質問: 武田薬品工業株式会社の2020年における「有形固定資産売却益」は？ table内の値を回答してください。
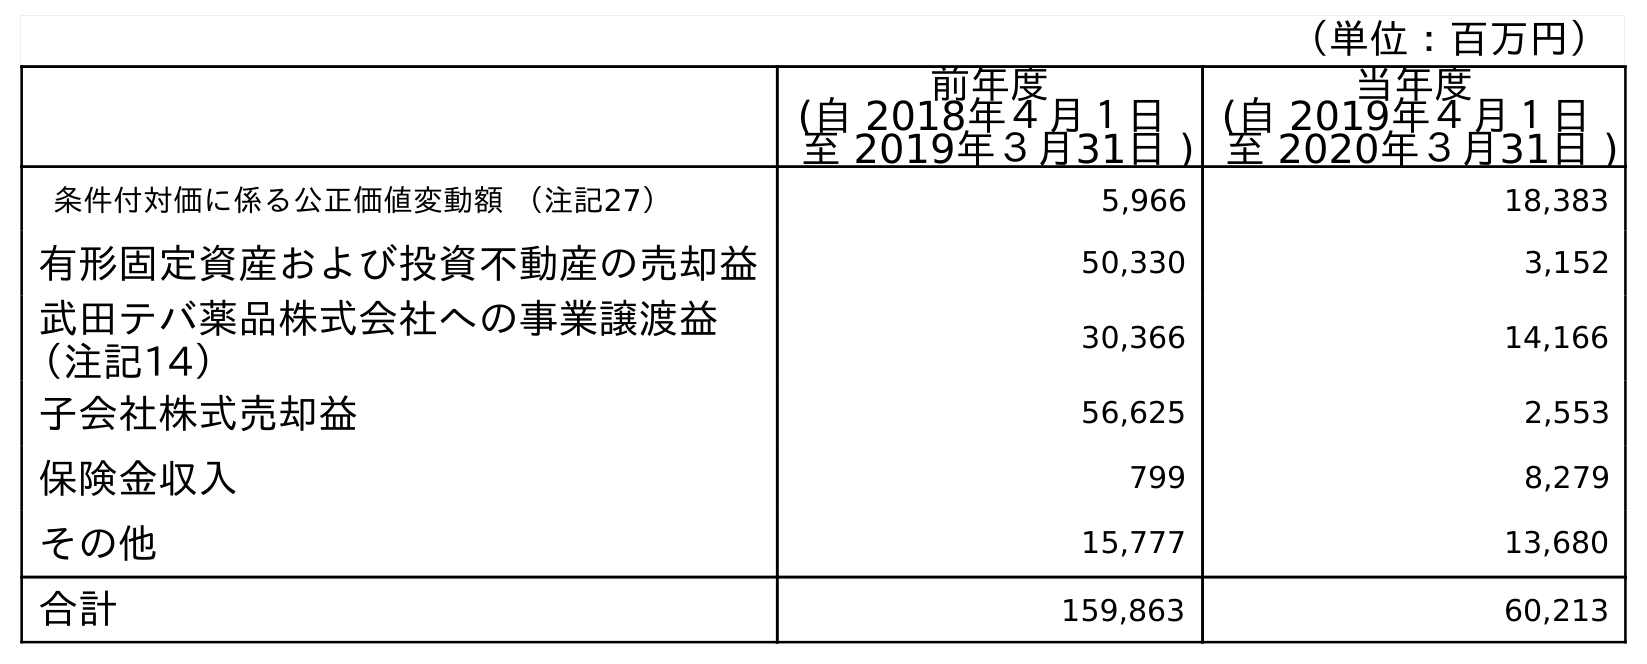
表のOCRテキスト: （単位：百万円） 前年度 (自 2018年４月１日 至 2019年３月31日 ) 当年度 (自 2019年４月１日 至 2020年３月31日 ) 条件付対価に係る公正価値変動額 （注記27） 5,966 18,383 有形固定資産および投資不動産の売却益 50,330 3,152 武田テバ薬品株式会社への事業譲渡益 （注記14） 30,366 14,166 子会社株式売却益 56,625 2,553 保険金収入 799 8,279 その他 15,777 13,680 合計 159,863 60,213
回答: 3,152